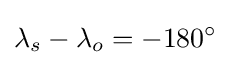
\lambda _{s}-\lambda _{o}=-180^{\circ }